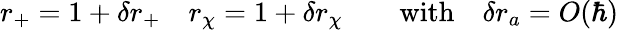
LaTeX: r_{+}=1+\delta r_{+}\quad r_{\chi}=1+\delta r_{\chi}\qquad\mathrm{with}\quad\delta r_{a}=O(\hbar)